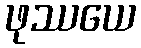
ဖုဿယေ